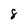
Character: 8